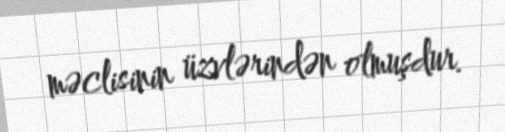
məclisinin üzvlərindən olmuşdur.